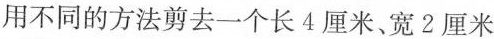
用不同的方法剪去一个长4厘米、宽2厘米